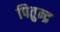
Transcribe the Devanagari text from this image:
पितुन्द्र